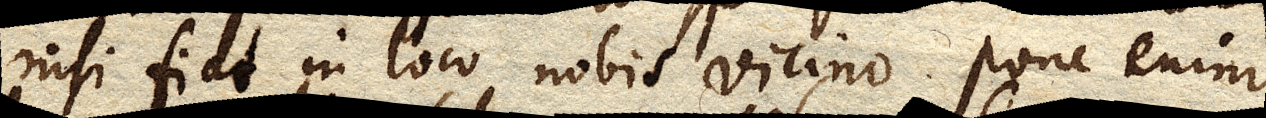
nisi fiat in loco nobis vicino. Pone enim